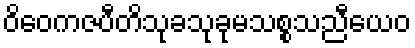
ဝိဝေကဇပီတိသုခသုခုမသစ္စသညီယေဝ